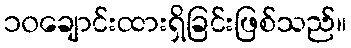
၁၀ချောင်းထားရှိခြင်းဖြစ်သည်။